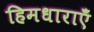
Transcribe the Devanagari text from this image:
हिमधाराएँ